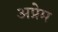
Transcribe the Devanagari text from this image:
अप्रेम